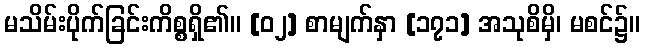
မသိမ်းပိုက်ခြင်းကိစ္စရှိ၏။ [၀၂] စာမျက်နှာ [၁၇၁] အသုစိမှိ၊ မစင်၌။